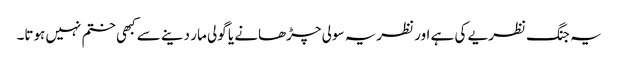
یہ جنگ نظریے کی ہے اور نظریہ سولی چڑھانے یا گولی مار دینے سے کبھی ختم نہیں ہوتا۔